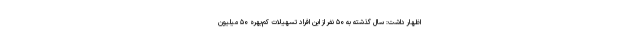
اظهار داشت: سال گذشته به ۵۰ نفر از این افراد تسهیلات کم‌بهره ۵۰ میلیون